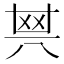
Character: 𠔝